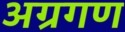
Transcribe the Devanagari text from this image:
अग्रगण